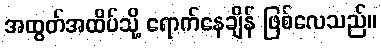
အထွတ်အထိပ်သို့ ရောက်နေချိန် ဖြစ်လေသည်။